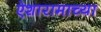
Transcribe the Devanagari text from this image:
ऐशारामाच्या